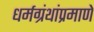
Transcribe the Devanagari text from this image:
धर्मग्रंथांप्रमाणे